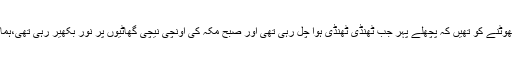
درختوں میں کونپلیں پھوٹنے کو تھیں کہ پچھلے پہر جب ٹھنڈی ٹھنڈی ہوا چل رہی تھی اور صبح مکہ کی اونچی نیچی گھاٹیوں پر نور بکھیر رہی تھی،ہمارے نبی ﷺ پیدا ہوئے۔